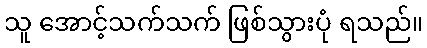
သူ အောင့်သက်သက် ဖြစ်သွားပုံ ရသည်။